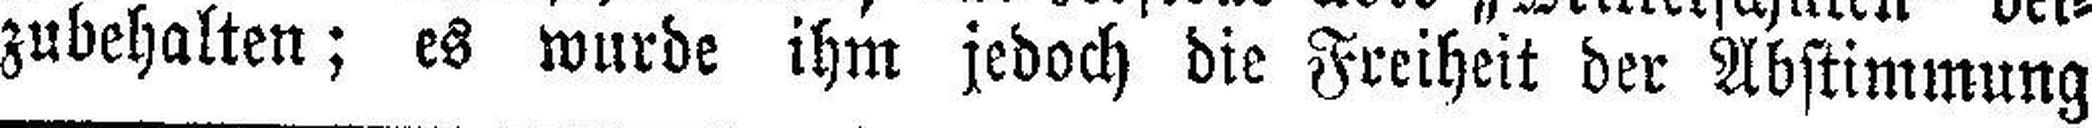
zubehalten; es wurde ihm jedoch die Freiheit der Abstimmung